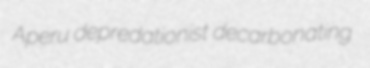
Aperu depredationist decarbonating